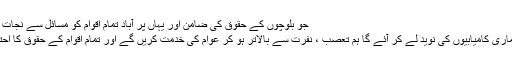
جو بلوچوں کے حقوق کی ضامن اور یہاں پر آباد تمام اقوام کو مسائل سے نجات دہندہ پارٹی ہے
آئندہ انتخابات ہماری کامیابیوں کی نوید لے کر آئے گا ہم تعصب ، نفرت سے بالاتر ہو کر عوام کی خدمت کریں گے اور تمام اقوام کے حقوق کا احترام کریں گے ۔